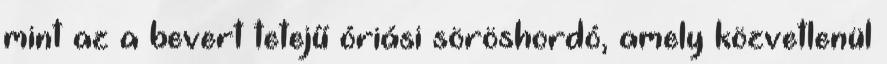
mint az a bevert tetejű óriási söröshordó, amely közvetlenül